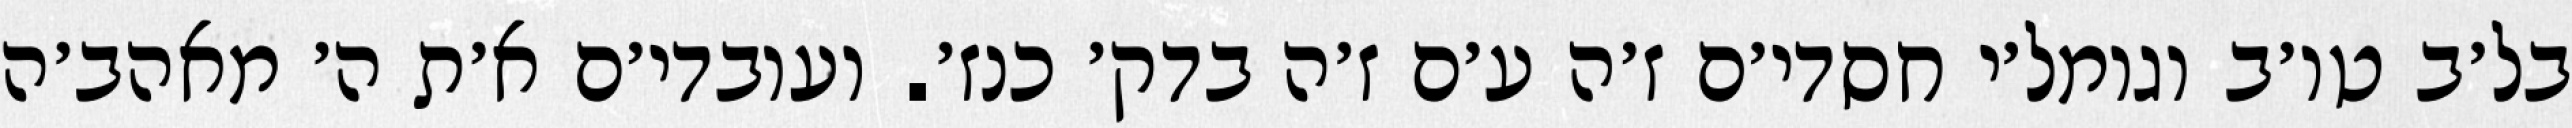
בל׳ב טו׳ב וגומל׳י חסדי׳ם ז׳ה ע׳ם ז׳ה בדק׳ כנז׳. ועובדי׳ם א׳ת ה׳ מאהב׳ה